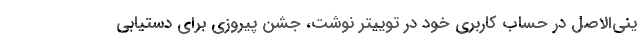
ینی‌الاصل در حساب کاربری خود در توییتر نوشت، جشن پیروزی برای دستیابی